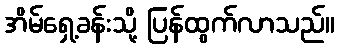
အိမ်ရှေ့ခန်းသို့ ပြန်ထွက်လာသည်။